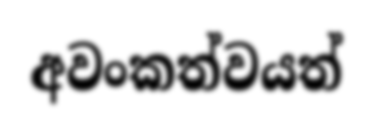
අවංකත්වයත්